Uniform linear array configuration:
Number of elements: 48
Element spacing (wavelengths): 1
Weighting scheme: uniform
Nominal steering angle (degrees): -30
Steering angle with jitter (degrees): -28.781
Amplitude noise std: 0.05
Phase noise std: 0.05

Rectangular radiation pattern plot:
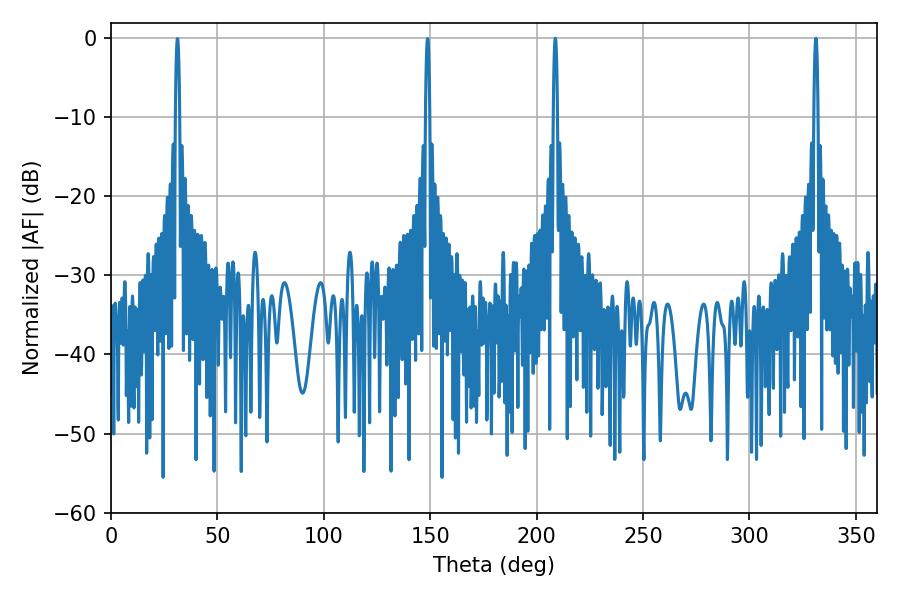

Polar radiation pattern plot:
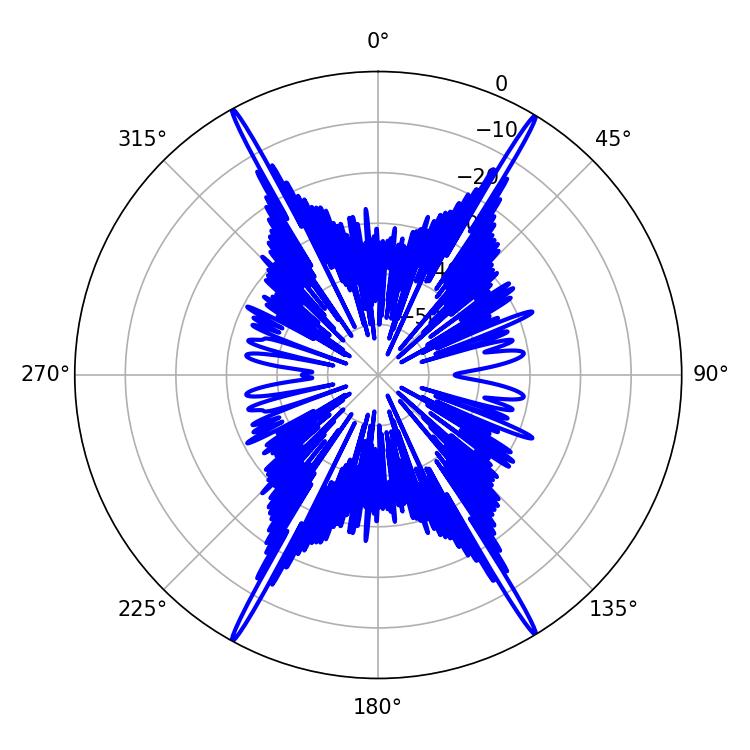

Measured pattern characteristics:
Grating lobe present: TRUE
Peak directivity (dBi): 28.832
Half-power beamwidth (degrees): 1.08
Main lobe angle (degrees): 208.8